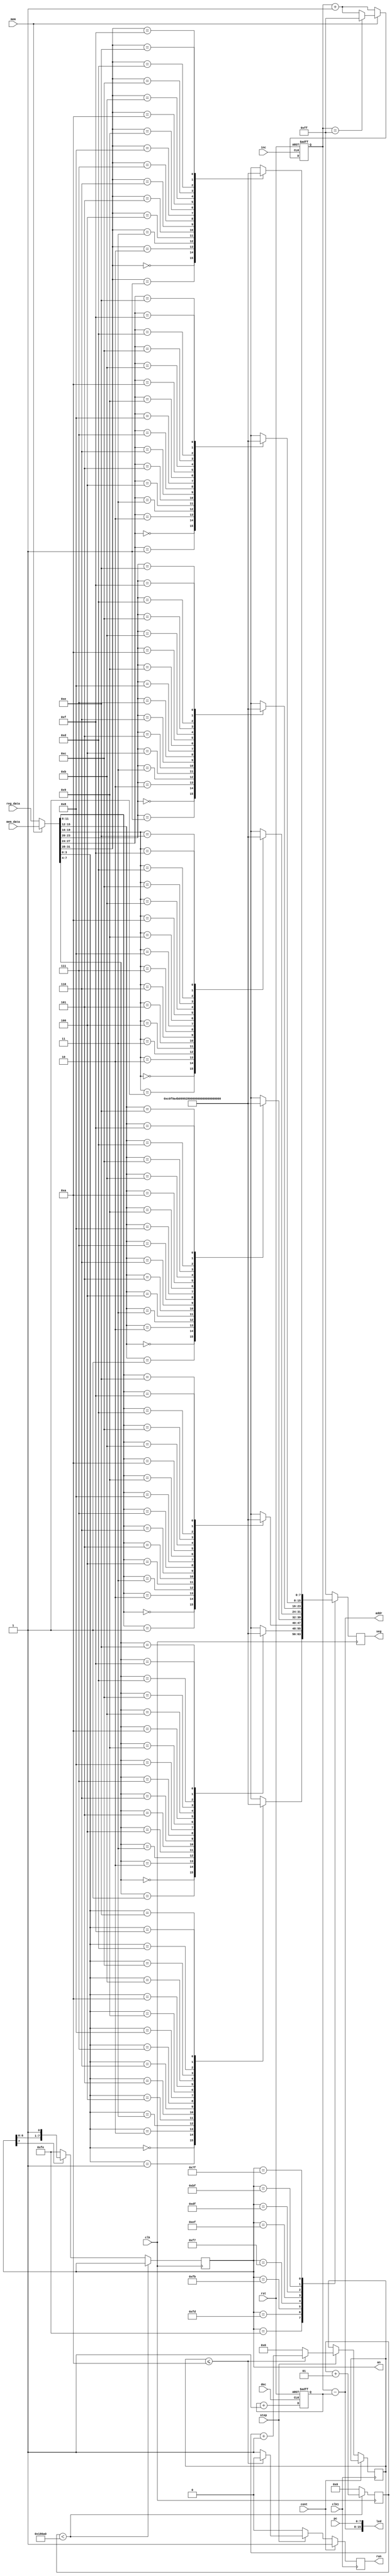
module DDU(
    input cont,
    input step,
    input mem,  
    input inc,  
    input dec,  
    input clk,
    input rst,  
    input clk1,
    input [7:0] pc,
    input [31:0] mem_data,  
    input [31:0] reg_data,  
    output reg run,
    output [7:0] addr,  
    output [15:0] led,  //in the front,it's addr;in the rear,it's pc
    output reg [7:0] an,  
    output reg [7:0] seg  
);

    reg [7:0] reg_file [7:0];
    wire [31:0] data;
    reg [7:0] addri, addrd;
    integer m;
    reg [7:0] N0 = 8'b1100_0000, N1 = 8'b1111_1001, N2 = 8'b1010_0100, N3 = 8'b1011_0000, N4 = 8'b1001_1001,
        N5 = 8'b1001_0010, N6 = 8'b1000_0010, N7 = 8'b1111_1000, N8 = 8'b1000_0000, N9 = 8'b1001_0000,
        Na = 8'b1000_1000, Nb = 8'b1000_0011, Nc = 8'b1100_0110, Nd = 8'b1010_0001, Ne = 8'b1000_0100,
        Nf = 8'b1000_1110;

    assign led = {addr, pc};
    assign data = mem ? mem_data : reg_data;

    reg [26:0] counter_run;
    always @ (posedge clk1)
    begin
        if(cont == 1'b1)
            run <= 1'b1;
        else begin
            if(step == 1'b1) begin
                if(counter_run <= 27'd10) begin
                    run <= 1'b0;
                    counter_run <= counter_run + 27'd1;
                end else begin
                    run <= 1'b1;         
                    counter_run <= 27'd0;
                end
            end else
                run <= 1'b0;
        end
    end

    always @ (posedge dec, posedge rst)
    begin
        if (rst)
            addrd <= 0;
        else if (dec)
            addrd <= addrd + 1;
    end
    
    always @ (posedge inc, posedge rst)
    begin
        if (rst)
            addri <= 0;
        else if (inc) begin
            if (mem) begin
                if (addri == 255)
                    addri <= 255;
                else
                    addri <= addri + 1;
            end
            else
                addri <= addri + 1; 
        end  
    end

    assign addr = addri - addrd;

    always @ (data)
    begin
        case (data[31:28])
            4'h0: reg_file[7] = N0;
            4'h1: reg_file[7] = N1;
            4'h2: reg_file[7] = N2;
            4'h3: reg_file[7] = N3;
            4'h4: reg_file[7] = N4;
            4'h5: reg_file[7] = N5;
            4'h6: reg_file[7] = N6;
            4'h7: reg_file[7] = N7;
            4'h8: reg_file[7] = N8;
            4'h9: reg_file[7] = N9;
            4'ha: reg_file[7] = Na;
            4'hb: reg_file[7] = Nb;
            4'hc: reg_file[7] = Nc;
            4'hd: reg_file[7] = Nd;
            4'he: reg_file[7] = Ne;
            4'hf: reg_file[7] = Nf;
            default: reg_file[7] = 8'b1111_1111;
        endcase
        case (data[27:24])
            4'h0: reg_file[6] = N0;
            4'h1: reg_file[6] = N1;
            4'h2: reg_file[6] = N2;
            4'h3: reg_file[6] = N3;
            4'h4: reg_file[6] = N4;
            4'h5: reg_file[6] = N5;
            4'h6: reg_file[6] = N6;
            4'h7: reg_file[6] = N7;
            4'h8: reg_file[6] = N8;
            4'h9: reg_file[6] = N9;
            4'ha: reg_file[6] = Na;
            4'hb: reg_file[6] = Nb;
            4'hc: reg_file[6] = Nc;
            4'hd: reg_file[6] = Nd;
            4'he: reg_file[6] = Ne;
            4'hf: reg_file[6] = Nf;
            default: reg_file[6] = 8'b1111_1111;
        endcase
        case (data[23:20])
            4'h0: reg_file[5] = N0;
            4'h1: reg_file[5] = N1;
            4'h2: reg_file[5] = N2;
            4'h3: reg_file[5] = N3;
            4'h4: reg_file[5] = N4;
            4'h5: reg_file[5] = N5;
            4'h6: reg_file[5] = N6;
            4'h7: reg_file[5] = N7;
            4'h8: reg_file[5] = N8;
            4'h9: reg_file[5] = N9;
            4'ha: reg_file[5] = Na;
            4'hb: reg_file[5] = Nb;
            4'hc: reg_file[5] = Nc;
            4'hd: reg_file[5] = Nd;
            4'he: reg_file[5] = Ne;
            4'hf: reg_file[5] = Nf;
            default: reg_file[5] = 8'b1111_1111;
        endcase      
        case (data[19:16])
            4'h0: reg_file[4] = N0;
            4'h1: reg_file[4] = N1;
            4'h2: reg_file[4] = N2;
            4'h3: reg_file[4] = N3;
            4'h4: reg_file[4] = N4;
            4'h5: reg_file[4] = N5;
            4'h6: reg_file[4] = N6;
            4'h7: reg_file[4] = N7;
            4'h8: reg_file[4] = N8;
            4'h9: reg_file[4] = N9;
            4'ha: reg_file[4] = Na;
            4'hb: reg_file[4] = Nb;
            4'hc: reg_file[4] = Nc;
            4'hd: reg_file[4] = Nd;
            4'he: reg_file[4] = Ne;
            4'hf: reg_file[4] = Nf;
            default: reg_file[4] = 8'b1111_1111;
        endcase  
        case (data[15:12])
            4'h0: reg_file[3] = N0;
            4'h1: reg_file[3] = N1;
            4'h2: reg_file[3] = N2;
            4'h3: reg_file[3] = N3;
            4'h4: reg_file[3] = N4;
            4'h5: reg_file[3] = N5;
            4'h6: reg_file[3] = N6;
            4'h7: reg_file[3] = N7;
            4'h8: reg_file[3] = N8;
            4'h9: reg_file[3] = N9;
            4'ha: reg_file[3] = Na;
            4'hb: reg_file[3] = Nb;
            4'hc: reg_file[3] = Nc;
            4'hd: reg_file[3] = Nd;
            4'he: reg_file[3] = Ne;
            4'hf: reg_file[3] = Nf;
            default: reg_file[3] = 8'b1111_1111;
        endcase   
        case (data[11:8])
            4'h0: reg_file[2] = N0;
            4'h1: reg_file[2] = N1;
            4'h2: reg_file[2] = N2;
            4'h3: reg_file[2] = N3;
            4'h4: reg_file[2] = N4;
            4'h5: reg_file[2] = N5;
            4'h6: reg_file[2] = N6;
            4'h7: reg_file[2] = N7;
            4'h8: reg_file[2] = N8;
            4'h9: reg_file[2] = N9;
            4'ha: reg_file[2] = Na;
            4'hb: reg_file[2] = Nb;
            4'hc: reg_file[2] = Nc;
            4'hd: reg_file[2] = Nd;
            4'he: reg_file[2] = Ne;
            4'hf: reg_file[2] = Nf;
            default: reg_file[2] = 8'b1111_1111;
        endcase 
        case (data[7:4])
            4'h0: reg_file[1] = N0;
            4'h1: reg_file[1] = N1;
            4'h2: reg_file[1] = N2;
            4'h3: reg_file[1] = N3;
            4'h4: reg_file[1] = N4;
            4'h5: reg_file[1] = N5;
            4'h6: reg_file[1] = N6;
            4'h7: reg_file[1] = N7;
            4'h8: reg_file[1] = N8;
            4'h9: reg_file[1] = N9;
            4'ha: reg_file[1] = Na;
            4'hb: reg_file[1] = Nb;
            4'hc: reg_file[1] = Nc;
            4'hd: reg_file[1] = Nd;
            4'he: reg_file[1] = Ne;
            4'hf: reg_file[1] = Nf;
            default: reg_file[1] = 8'b1111_1111;               
        endcase  
        case (data[3:0])
            4'h0: reg_file[0] = N0;
            4'h1: reg_file[0] = N1;
            4'h2: reg_file[0] = N2;
            4'h3: reg_file[0] = N3;
            4'h4: reg_file[0] = N4;
            4'h5: reg_file[0] = N5;
            4'h6: reg_file[0] = N6;
            4'h7: reg_file[0] = N7;
            4'h8: reg_file[0] = N8;
            4'h9: reg_file[0] = N9;
            4'ha: reg_file[0] = Na;
            4'hb: reg_file[0] = Nb;
            4'hc: reg_file[0] = Nc;
            4'hd: reg_file[0] = Nd;
            4'he: reg_file[0] = Ne;
            4'hf: reg_file[0] = Nf;
            default: reg_file[0] = 8'b1111_1111;               
        endcase           
    end

    //Seven code segments driven,display diffierent numbers
    always @ (posedge clk)
    begin
        if (m < 100_000)
            m <= m + 1;
        else begin
            m <= 0;
            if (an[7]) begin
                an <= {an[6:0], 1'b1};
            end
            else
                an <= 8'b1111_1110;
        end
        case (an)
            8'b1111_1110: begin
                seg <= reg_file[0];
            end
            8'b1111_1101: begin
                seg <= reg_file[1];
            end
            8'b1111_1011: begin
                seg <= reg_file[2];
            end
            8'b1111_0111: begin
               seg <= reg_file[3];
            end
            8'b1110_1111: begin
               seg <= reg_file[4];
           end
            8'b1101_1111: begin
                seg <= reg_file[5];
            end
            8'b1011_1111: begin
                seg <= reg_file[6];
            end
            8'b0111_1111: begin
                seg <= reg_file[7];
            end  
            default: begin
                seg <= 8'b1111_1111;
            end                                                                      
        endcase        
    end    

endmodule // DDU